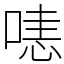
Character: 𠹤